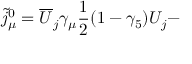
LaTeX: \widetilde { j } _ { \mu } ^ { 0 } = \overline { { { U } } } _ { j } \gamma _ { \mu } \frac 1 2 ( 1 - \gamma _ { 5 } ) U _ { j } -